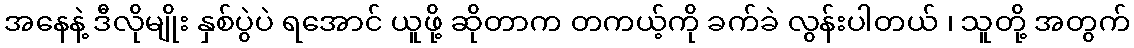
အနေနဲ့ ဒီလိုမျိုး နှစ်ပွဲပဲ ရအောင် ယူဖို့ ဆိုတာက တကယ့်ကို ခက်ခဲ လွန်းပါတယ် ၊ သူတို့ အတွက်